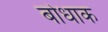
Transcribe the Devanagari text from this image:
बोधाक